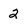
Character: 2